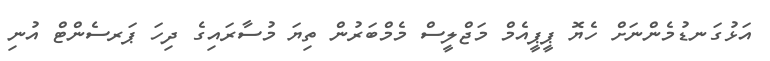
އަޅުގަނޑުމެންނަށް ހެޔޮ ޕީޕީއެމް މަޖްލީސް މެމްބަރުން ތިޔަ މުސާރައިގެ ދިހަ ޕަރސެންޓް އުނި